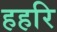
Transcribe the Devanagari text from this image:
हहरि